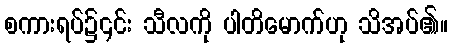
စကားရပ်၌၎င်း သီလကို ပါတိမောက်ဟု သိအပ်၏။